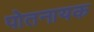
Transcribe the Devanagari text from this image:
पोतनायक